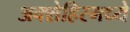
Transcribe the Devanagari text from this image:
अक्शेहिरमध्ये